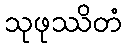
သုဖုဿိတံ